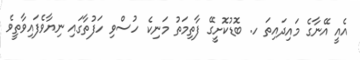
އެއީ އޭނާގެ މައިދައިތަ ހ. ބޮޑުކޮށީގޭ ފާތިމަތު މަނިކެ ހުސްވި ހަފުތާގައި ނިޔާވެފައިވާތީވެ